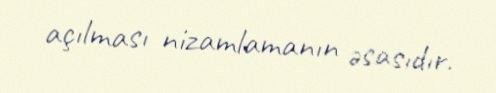
açılması nizamlamanın əsasıdır.